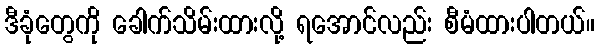
ဒီခုံတွေကို ခေါက်သိမ်းထားလို့ ရအောင်လည်း စီမံထားပါတယ်။